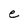
Character: e